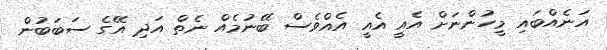
އަނެއްބައި މީހުންނަށް އެއީ އެއީ އެއްވެސް ބޭނުމެއް ނެތް އަދި އޭގެ ސަބަބުން